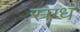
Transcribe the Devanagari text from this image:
स्रग्ध